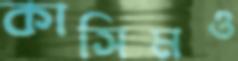
কাসিমও